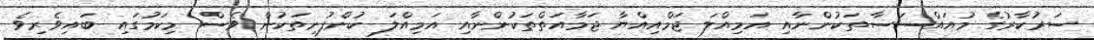
ސަރުކާރުގެ މުއައްސަސާތަކުންނާއި އަމިއްލަ ޖަމްއިއްޔާ ޖަމާއަތްތަކުންނާއި އަމިއްލަ ކުންފުނިތަކުން ވެސް މިކަމުގައި ބައިވެރިވެ